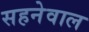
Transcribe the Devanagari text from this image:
सहनेवाल